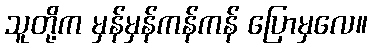
သူတို့က မှန်မှန်ကန်ကန် ပြောမှလေ။